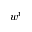
w ^ { t }